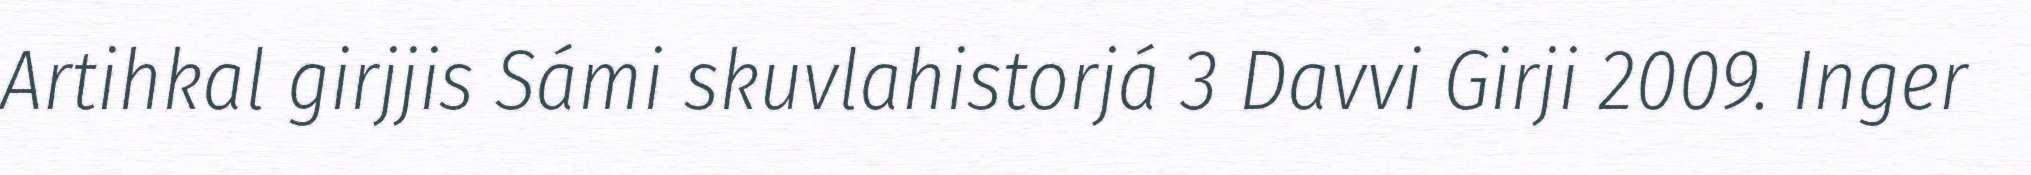
Artihkal girjjis Sámi skuvlahistorjá 3 Davvi Girji 2009. Inger